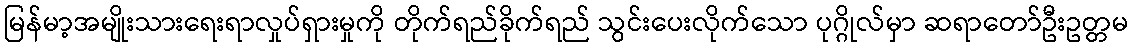
မြန်မာ့အမျိုးသားရေးရာလှုပ်ရှားမှုကို တိုက်ရည်ခိုက်ရည် သွင်းပေးလိုက်သော ပုဂ္ဂိုလ်မှာ ဆရာတော်ဦးဥတ္တမ